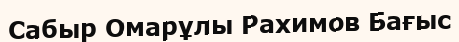
Сабыр Омарұлы Рахимов Бағыс